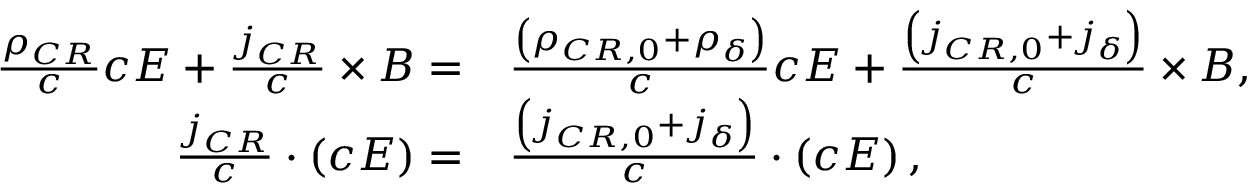
\begin{array} { r l } { \frac { \rho _ { C R } } { c } c \boldsymbol { E } + \frac { \boldsymbol { j } _ { C R } } { c } \times \boldsymbol { B } = } & { \frac { \left( \rho _ { C R , 0 } + \rho _ { \delta } \right) } { c } c \boldsymbol { E } + \frac { \left( \boldsymbol { j } _ { C R , 0 } + \boldsymbol { j } _ { \delta } \right) } { c } \times \boldsymbol { B } , } \\ { \frac { \boldsymbol { j } _ { C R } } { c } \cdot \left( c \boldsymbol { E } \right) = } & { \frac { \left( \boldsymbol { j } _ { C R , 0 } + \boldsymbol { j } _ { \delta } \right) } { c } \cdot \left( c \boldsymbol { E } \right) , } \end{array}